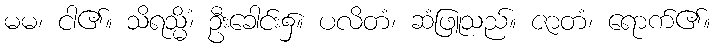
မမ၊ ငါ၏။ သိရသ္မိံ၊ ဦးခေါင်း၌။ ပလိတံ၊ ဆံဖြူသည်။ ဇာတံ၊ ရောက်၏။